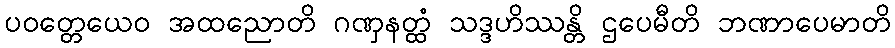
ပဝတ္တေယေဝ အထညောတိ ဂဏှနတ္ထံ သဒ္ဒဟိဿန္တိ ဌပေမီတိ ဘဏာပေမာတိ